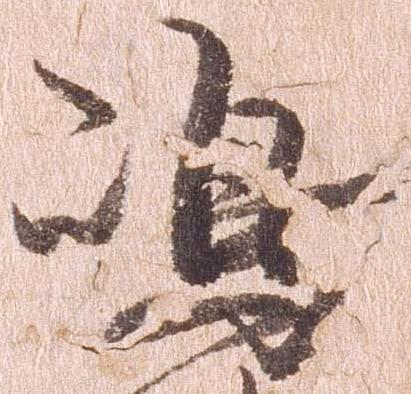
島